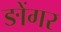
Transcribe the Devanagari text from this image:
ङोंगर